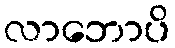
လာဘောပိ